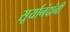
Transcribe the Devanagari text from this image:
सूर्यानंदांनी